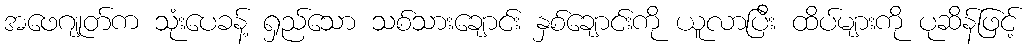
အဖေဂျုတ်က သုံးပေခန့် ရှည်သော သစ်သားချောင်း နှစ်ချောင်းကို ယူလာပြီး ထိပ်များကို ပုဆိန်ဖြင့်